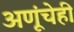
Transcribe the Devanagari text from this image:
अणूंचेही